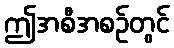
ဤအစီအစဉ်တွင်